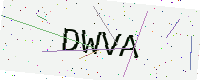
Text: DWVA